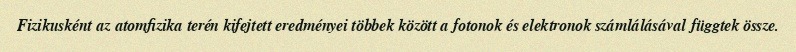
Fizikusként az atomfizika terén kifejtett eredményei többek között a fotonok és elektronok számlálásával függtek össze.